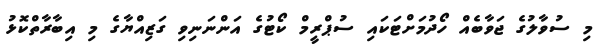
މި ސުވާލުގެ ޖަވާބެއް ހޯދުމަށްޓަކައި ސުޕްރީމް ކޯޓުގެ އަންނަނިވި ގަޒިއްޔާގެ މި އިބާރާތްކޮޅު